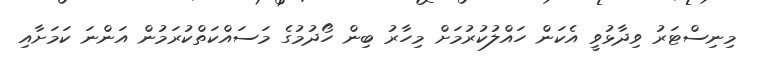
މިނިސްޓަރު ވިދާޅުވީ އެކަން ހައްލުކުރުމަށް މިހާރު ބިން ހޯދުމުގެ މަސައްކަތްކުރަމުން އަންނަ ކަމަށާއި